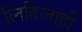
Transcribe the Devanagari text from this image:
लिहिलाही